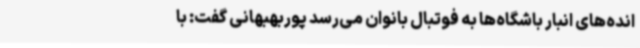
انده‌های انبار باشگاه‌ها به فوتبال بانوان می‌رسد پوربهبهانی گفت: با